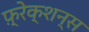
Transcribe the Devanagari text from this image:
फ़्रेक्शन्स